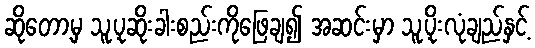
ဆိုတော့မှ သူ့ပုဆိုးခါးစည်းကိုဖြေချ၍ အဆင်းမှာ သူ့ပိုးလုံချည်နှင့်